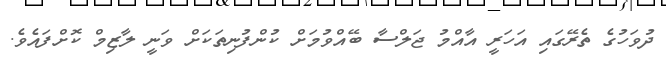
ދުވަހުގެ ތެރޭގައި އަހަރީ އާއްމު ޖަލްސާ ބޭއްވުމަށް ކުންފުނިތަކަށް ވަނީ ލާޒިމް ކޮށްފައެވެ.